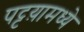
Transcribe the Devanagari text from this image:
पट्टय़ामध्ये